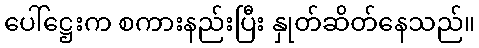
ပေါ်ဋ္ဌေးက စကားနည်းပြီး နှုတ်ဆိတ်နေသည်။